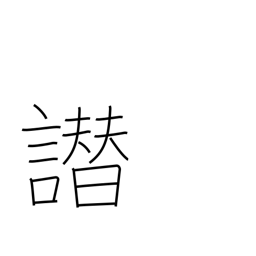
Meaning: false accusation